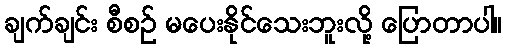
ချက်ချင်း စီစဉ် မပေးနိုင်သေးဘူးလို့ ပြောတာပါ။